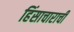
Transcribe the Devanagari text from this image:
हिंसाचाराची